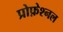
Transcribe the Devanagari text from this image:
प्रोफ़ेश्नल